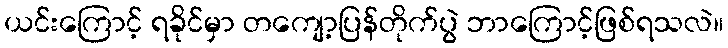
ယင်းကြောင့် ရခိုင်မှာ တကျော့ပြန်တိုက်ပွဲ ဘာကြောင့်ဖြစ်ရသလဲ။